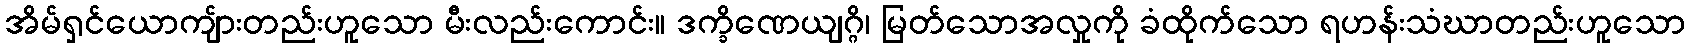
အိမ်ရှင်ယောကျ်ားတည်းဟူသော မီးလည်းကောင်း။ ဒက္ခိဏေယျဂ္ဂိ၊ မြတ်သောအလှုကို ခံထိုက်သော ရဟန်းသံဃာတည်းဟူသော